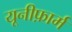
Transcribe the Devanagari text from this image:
यूनीफ़ार्म